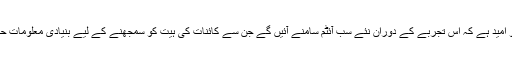
سائنسدانوں کو امید ہے کہ اس تجربے کے دوران نئے سب آئٹم سامنے آئیں گے جن سے کائنات کی ہیت کو سمجھنے کے لیے بنیادی معلومات حاصل ہوں گی۔